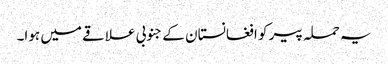
یہ حملہ پیر کو افغانستان کے جنوبی علاقے میں ہوا۔